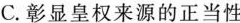
C. 彰显皇权来源的正当性